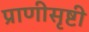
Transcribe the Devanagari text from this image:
प्राणीसृष्टी